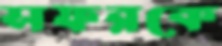
সফরকে